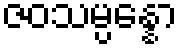
ဇဝသမ္ပန္နော